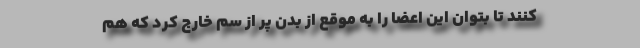
کنند تا بتوان این اعضا را به موقع از بدن پر از سم خارج کرد که هم